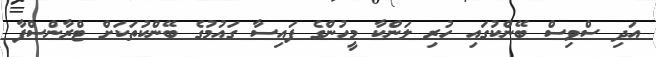
އަދި ސްވިސް ބޭންކުގައި ހުރި ލަންކާ މީހުންގެ ފައިސާ ގައުމުގެ ބޭންކުތަކަށް ޓްރާންސްފާ